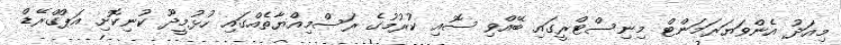
މިއަދު އެންވަޔަރަމަންޓް މިނިސްޓްރީގައި ބޭއްވި ސޮއި ކުރުމުގެ ރަސްމިއްޔާތެއްގައި ހުޅުމީދޫ ކުނިކޮށި އަޕްގްރޭޑް